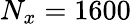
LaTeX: N_{x}=1600